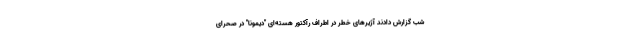
شب گزارش دادند آژیرهای خطر در اطراف رآکتور هسته‌ای "دیمونا" در صحرای